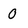
Character: 0